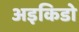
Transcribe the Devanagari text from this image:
अइकिडो